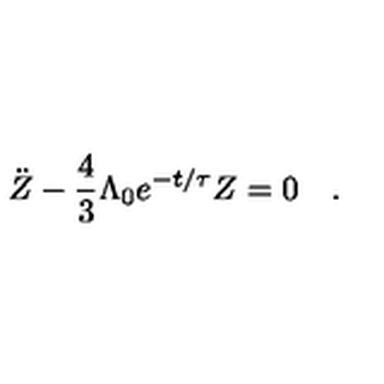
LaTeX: \ddot { Z } - \frac { 4 } { 3 } \Lambda _ { 0 } e ^ { - t / \tau } Z = 0 \quad .